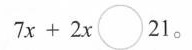
$$7 x + 2 x \circ 2 1$$。